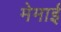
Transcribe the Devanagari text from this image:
मेमाई